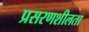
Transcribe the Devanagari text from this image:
प्रसरणशीलता